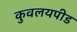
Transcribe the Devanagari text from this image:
कुवलयपीड